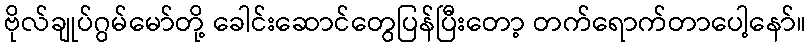
ဗိုလ်ချုပ်ဂွမ်မော်တို့ ခေါင်းဆောင်တွေပြန်ပြီးတော့ တက်ရောက်တာပေါ့နော်။